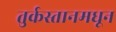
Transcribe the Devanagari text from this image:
तुर्कस्तानमधून